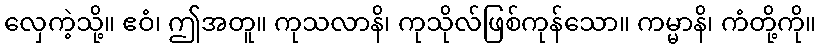
လှေကဲ့သို့။ ဧဝံ၊ ဤအတူ။ ကုသလာနိ၊ ကုသိုလ်ဖြစ်ကုန်သော။ ကမ္မာနိ၊ ကံတို့ကို။